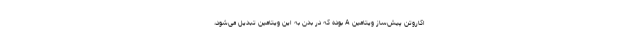
اکاروتن پیش‌ساز ویتامین A بوده که در بدن به این ویتامین تبدیل می‌شود،